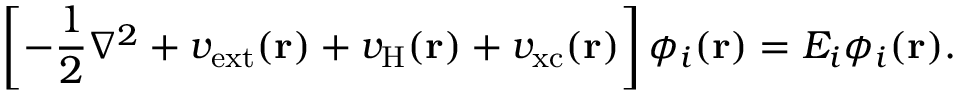
\left[ - \frac { 1 } { 2 } \nabla ^ { 2 } + v _ { \mathrm { e x t } } ( \mathbf { r } ) + v _ { \mathrm { H } } ( \mathbf { r } ) + v _ { \mathrm { x c } } ( \mathbf { r } ) \right] \phi _ { i } ( \mathbf { r } ) = E _ { i } \phi _ { i } ( \mathbf { r } ) .